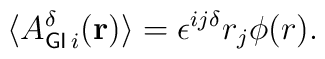
{\langle}A_{{\sf GI}\,i}^{\delta}({\bf{r}})\rangle={\epsilon}^{ij{\delta}}r_j{\phi}(r).